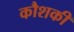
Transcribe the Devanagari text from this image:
कौशकी